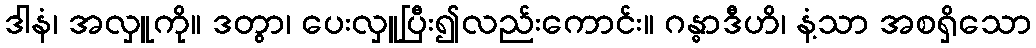
ဒါနံ၊ အလှူကို။ ဒတွာ၊ ပေးလှူပြီး၍လည်းကောင်း။ ဂန္ဓာဒီဟိ၊ နံ့သာ အစရှိသော